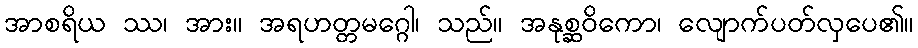
အာစရိယ ဿ၊ အား။ အရဟတ္တမဂ္ဂေါ၊ သည်။ အနုစ္ဆဝိကော၊ လျောက်ပတ်လှပေ၏။